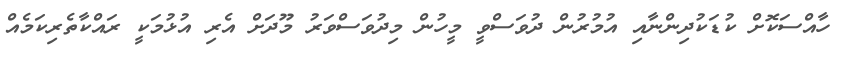
ހާއްސަކޮށް ކުޑަކުދިންނާއި އުމުރުން ދުވަސްވީ މީހުން މިދުވަސްވަރު މޫދަށް އެރި އުޅުމަކީ ރައްކާތެރިކަމެއް